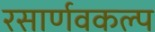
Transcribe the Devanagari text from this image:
रसार्णवकल्प